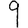
Digit: 9